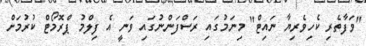
"ވަފާތެރި ކެހިވެރިޔާ ނައިޓް" މިނަމުގައި ރަސްފަންނުގައި ވަނީ އެ ފިލްމު ޕްރޮމޯޓް ކުރުމަށް